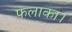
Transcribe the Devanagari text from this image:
फलाका।